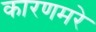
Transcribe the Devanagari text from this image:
कारणमरे